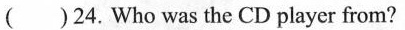
()24. Who was the CD player from?